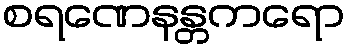
စရဏေနန္တကရော